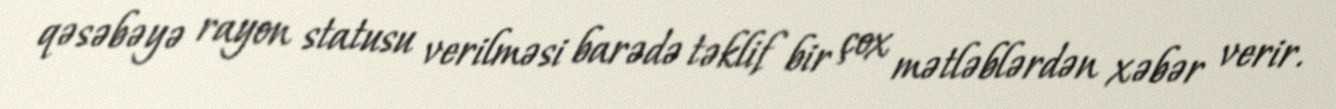
qəsəbəyə rayon statusu verilməsi barədə təklif bir çox mətləblərdən xəbər verir.